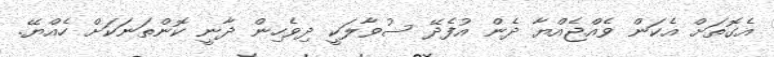
އެގޮތަށް އެކަން ވެއްޖެއްޔާ ދެން އުފެދޭ ސުވާލަކީ ދިވެހިން ދާނީ ކޮންތަނަކަށް ހެއްޔޭ.